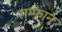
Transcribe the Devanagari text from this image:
सम्फान